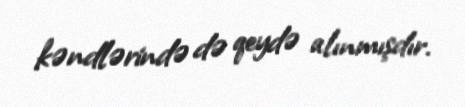
kəndlərində də qeydə alınmışdır.